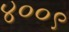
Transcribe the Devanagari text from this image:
४००९